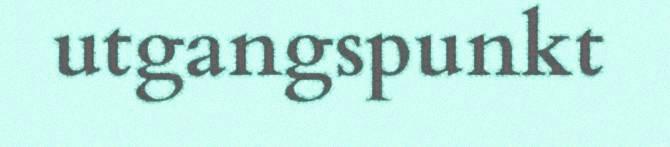
utgangspunkt